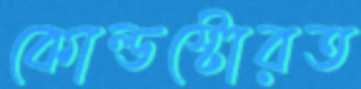
কোল্ডস্টোরত